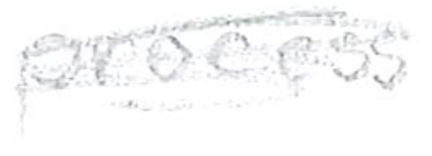
Text: process
Cross-out: scratch
Writing tool: pencil